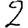
Digit: 2